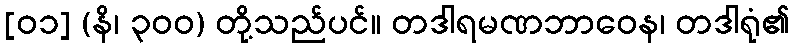
[၀၁] (နိ၊ ၃၀၀) တို့သည်ပင်။ တဒါရမဏဘာဝေန၊ တဒါရုံ၏